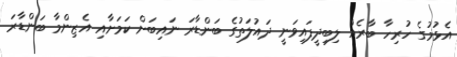
އެޅުމުގެ ހުރިހާ ބާރެއް ލިބިދީފައިވަނީ ދައުލަތުގެ ބަންޑާރަ ނައިބަށް ކަމަށާއި އެޒިންމާ ބަންޑާރަ